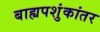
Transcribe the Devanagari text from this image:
बाह्यपशुंकांतर